Civil Veterinary Dept. Bombay admin report 1907-1913 - 1907-1913
Year: 1907
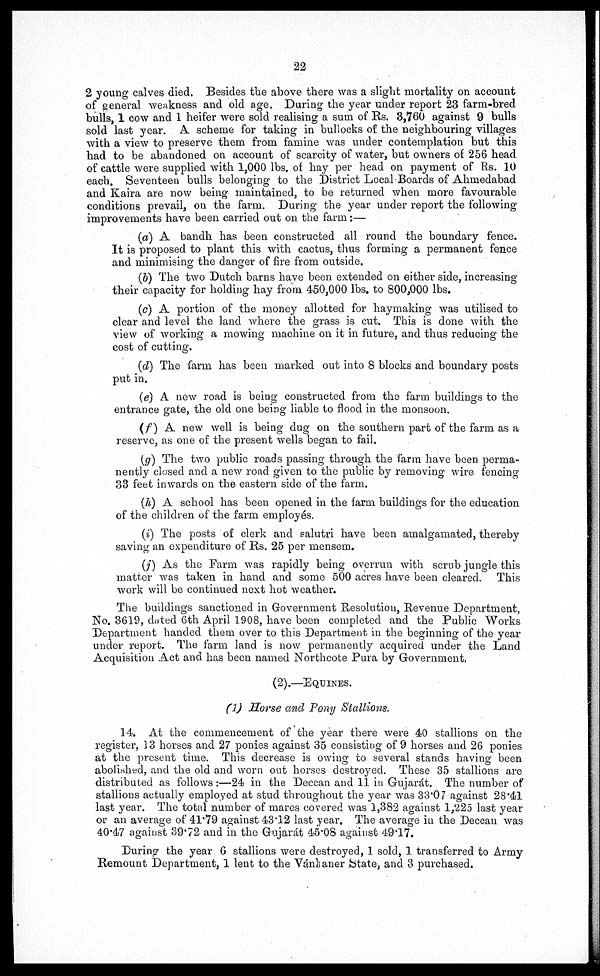
22
2 young calves died. Besides the above there was a slight mortality on account
of general weakness and old age. During the year under report 23 farm-bred
bulls, 1 cow and 1 heifer were sold realising a sum of Rs. 3,760 against 9 bulls
sold last year. A scheme for taking in bullocks of the neighbouring villages
with a view to preserve them from famine was under contemplation but this
had to be abandoned on account of scarcity of water, but owners of 256 head
of cattle were supplied with 1,000 lbs. of hay per head on payment of Rs. 10
each. Seventeen bulls belonging to the District Local-Boards of Ahmedabad
and Kaira are now being maintained, to be returned when more favourable
conditions prevail, on the farm. During the year under report the following
improvements have been carried out on the farm:—
(a) A bandh has been constructed all round the boundary fence.
It is proposed to plant this with cactus, thus forming a permanent fence
and minimising the danger of fire from outside.
(b) The two Dutch barns have been extended on either side, increasing
their capacity for holding hay from 450,000 lbs. to 800,000 lbs.
(c) A portion of the money allotted for haymaking was utilised to
clear and level the land where the grass is cut. This is done with the
view of working a mowing machine on it in future, and thus reducing the
cost of cutting.
(d) The farm has been marked out into 8 blocks and boundary posts
put in.
(e) A new road is being constructed from the farm buildings to the
entrance gate, the old one being liable to flood in the monsoon.
(f) A new well is being dug on the southern part of the farm as a
reserve, as one of the present wells began to fail.
(g) The two public roads passing through the farm have been perma-
nently closed and a new road given to the public by removing wire fencing
33 feet inwards on the eastern side of the farm.
(h) A school has been opened in the farm buildings for the education
of the children of the farm employes.
(i) The posts of clerk and salutri have been amalgamated, thereby
saving an expenditure of Rs. 25 per mensem.
(j) As the Farm was rapidly being overrun with scrub jungle this
matter was taken in hand and some 500 acres have been cleared. This
work will be continued next hot weather.
The buildings sanctioned in Government Resolution, Revenue Department,
No. 3619, dated 6th April 1908, have been completed and the Public Works
Department handed them over to this Department in the beginning of the year
under report. The farm land is now permanently acquired under the Land
Acquisition Act and has been named Northcote Pura by Government.
(2).—EQUINES.
(1) Horse and Pony Stallions.
14. At the commencement of the year there were 40 stallions on the
register, 13 horses and 27 ponies against 35 consisting of 9 horses and 26 ponies
at the present time. This decrease is owing to several stands having been
abolished, and the old and worn out horses destroyed. These 35 stallions are
distributed as follows:—24 in the Deccan and 11 in Gujarát. The number of
stallions actually employed at stud throughout the year was 33.07 against 28.41
last year. The total number of mares covered was 1,382 against 1,225 last year
or an average of 41.79 against 43.12 last year. The average in the Deccan was
40.47 against 39.72 and in the Gujarat 45.08 against 49.17.
During the year 6 stallions were destroyed, 1 sold, 1 transferred to Army
Remount Department, 1 lent to the Vánkaner State, and 3 purchased.